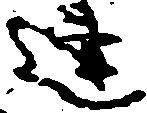
連